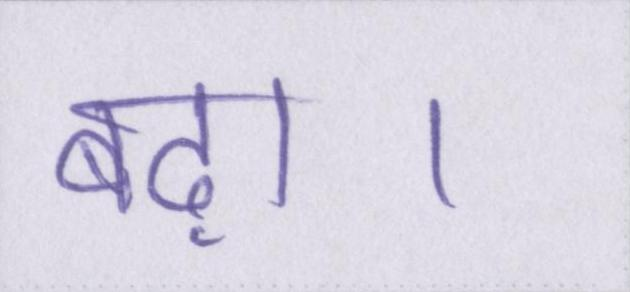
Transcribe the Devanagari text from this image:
बढ़ा।